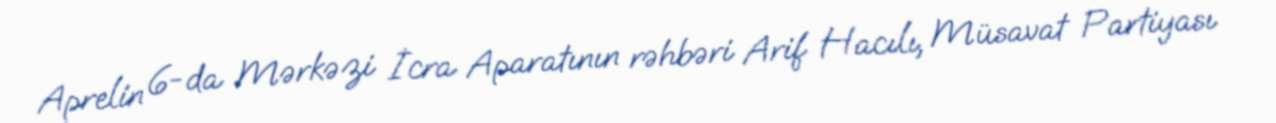
Aprelin 6-da Mərkəzi İcra Aparatının rəhbəri Arif Hacılı, Müsavat Partiyası